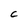
Character: C